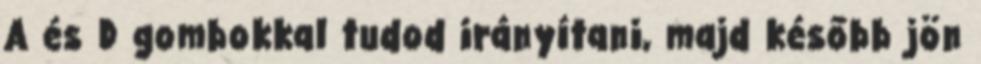
A és D gombokkal tudod irányítani, majd később jön